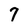
Character: 7